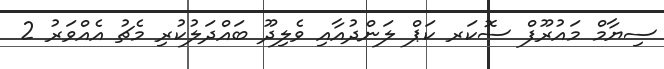
ސިޔާމް މައުރޫފް ސޮކަރ ކަޕް ލަންދުއާއި ވެލިދޫ ބައްދަލުކުރި މެޗު އެއްވަރު 2